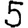
Digit: 5